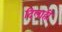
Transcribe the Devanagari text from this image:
दिलाही